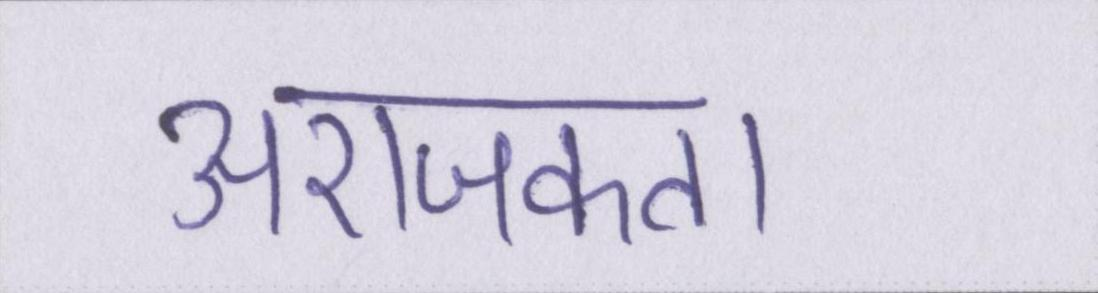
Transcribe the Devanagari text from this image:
अराजकता